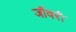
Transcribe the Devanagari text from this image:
जौंवरी